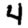
Digit: 4